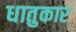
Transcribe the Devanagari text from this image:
धातुकार